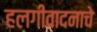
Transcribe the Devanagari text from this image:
हलगीवादनाचे